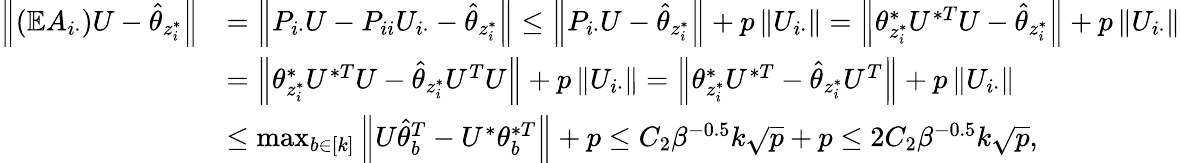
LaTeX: \begin{array}{rl}{\left\| {(\mathbb{E}A_{i\cdot})U-\hat{\theta}_{z_{i}^{*}}}\right\| }&{=\left\| {P_{i\cdot}U-P_{ii}U_{i\cdot}-\hat{\theta}_{z_{i}^{*}}}\right\| \leq\left\| {P_{i\cdot}U-\hat{\theta}_{z_{i}^{*}}}\right\| +p\left\| {U_{i\cdot}}\right\| =\left\| {\theta_{z_{i}^{*}}^{*}U^{*T}U-\hat{\theta}_{z_{i}^{*}}}\right\| +p\left\| {U_{i\cdot}}\right\| }\\ &{=\left\| {\theta_{z_{i}^{*}}^{*}U^{*T}U-\hat{\theta}_{z_{i}^{*}}U^{T}U}\right\| +p\left\| {U_{i\cdot}}\right\| =\left\| {\theta_{z_{i}^{*}}^{*}U^{*T}-\hat{\theta}_{z_{i}^{*}}U^{T}}\right\| +p\left\| {U_{i\cdot}}\right\| }\\ &{\leq\operatorname*{max}_{b\in[k]}\left\| {U\hat{\theta}_{b}^{T}-U^{*}\theta_{b}^{*T}}\right\| +p\leq C_{2}\beta^{-0.5}k\sqrt{p}+p\leq 2C_{2}\beta^{-0.5}k\sqrt{p},}\end{array}